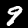
Label: 9